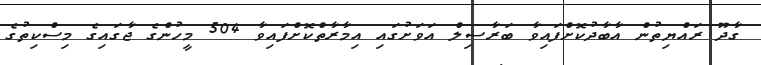
ގާދޫ ރައްޔިތުން އާބާދުކޮށްފައިވާ ބަރާސިލް އަވަށުގައި އިމާރާތްކޮށްފައިވާ 504 މީހުންގެ ޖާގައިގެ މިސްކިތުގެ